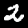
Label: 2